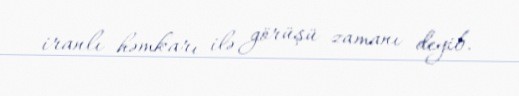
iranlı həmkarı ilə görüşü zamanı deyib.